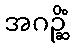
အဂဉ္ဆိံ